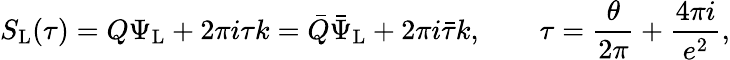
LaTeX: S_{\mathrm{L}}(\tau)=Q\Psi_{\mathrm{L}}+2\pi i\tau k=\bar{Q}\bar{\Psi}_{\mathrm{L}}+2\pi i\bar{\tau}k,\qquad\tau=\frac{\theta}{2\pi}+\frac{4\pi i}{e^{2}},